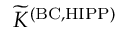
{ \widetilde K } ^ { \mathrm { { ( B C , H I P P ) } } }